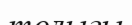
толығы